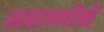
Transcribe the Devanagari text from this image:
सवाष्णीने